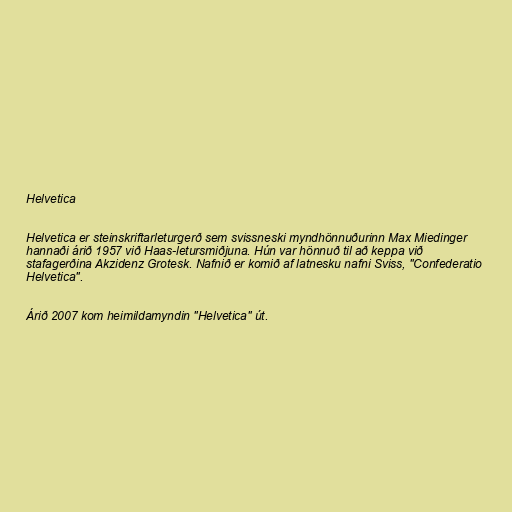
Helvetica

Helvetica er steinskriftarleturgerð sem svissneski myndhönnuðurinn Max Miedinger
hannaði árið 1957 við Haas-letursmiðjuna. Hún var hönnuð til að keppa við
stafagerðina Akzidenz Grotesk. Nafnið er komið af latnesku nafni Sviss, "Confederatio
Helvetica".

Árið 2007 kom heimildamyndin "Helvetica" út.